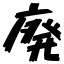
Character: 廃